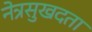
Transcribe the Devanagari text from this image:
नेत्रसुखदता